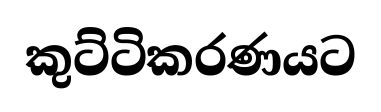
කුට්ටිකරණයට